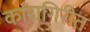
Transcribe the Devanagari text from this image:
कारागिरीत